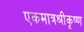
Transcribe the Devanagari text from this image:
एकमात्रश्रीकृष्ण